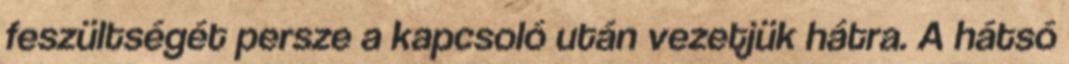
feszültségét persze a kapcsoló után vezetjük hátra. A hátsó